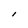
Character: I